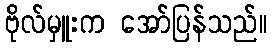
ဗိုလ်မှူးက အော်ပြန်သည်။